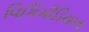
વિકિમીડિયાના